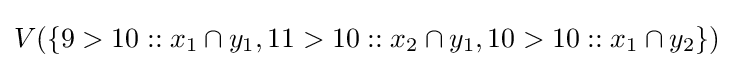
V(\{9>10::x_{1}\cap y_{1},11>10::x_{2}\cap y_{1},10>10::x_{1}\cap y_{2}\})